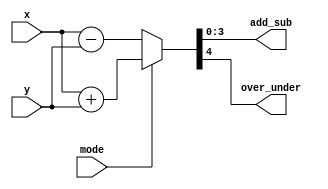
`timescale 1ns / 1ps

module adder
     (
        output  [1:4] add_sub ,
        output  over_under    ,
        input   [1:4] x,y     , 
        input   mode                               
     );
    
     assign { over_under , add_sub } =  mode ? x + y : x - y ; 
      
endmodule